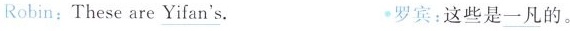
Robin:These are \underline{Yifan's}. 罗宾:这些是\underline{一凡}的。